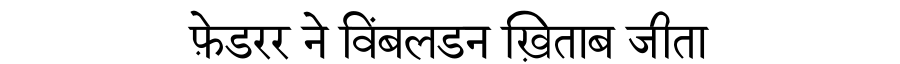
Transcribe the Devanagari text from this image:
फ़ेडरर ने विंबलडन ख़िताब जीता